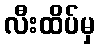
လီးထိပ်မှ